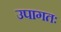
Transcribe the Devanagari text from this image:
उपागतः